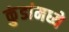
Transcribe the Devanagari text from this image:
कुंडांमध्ये